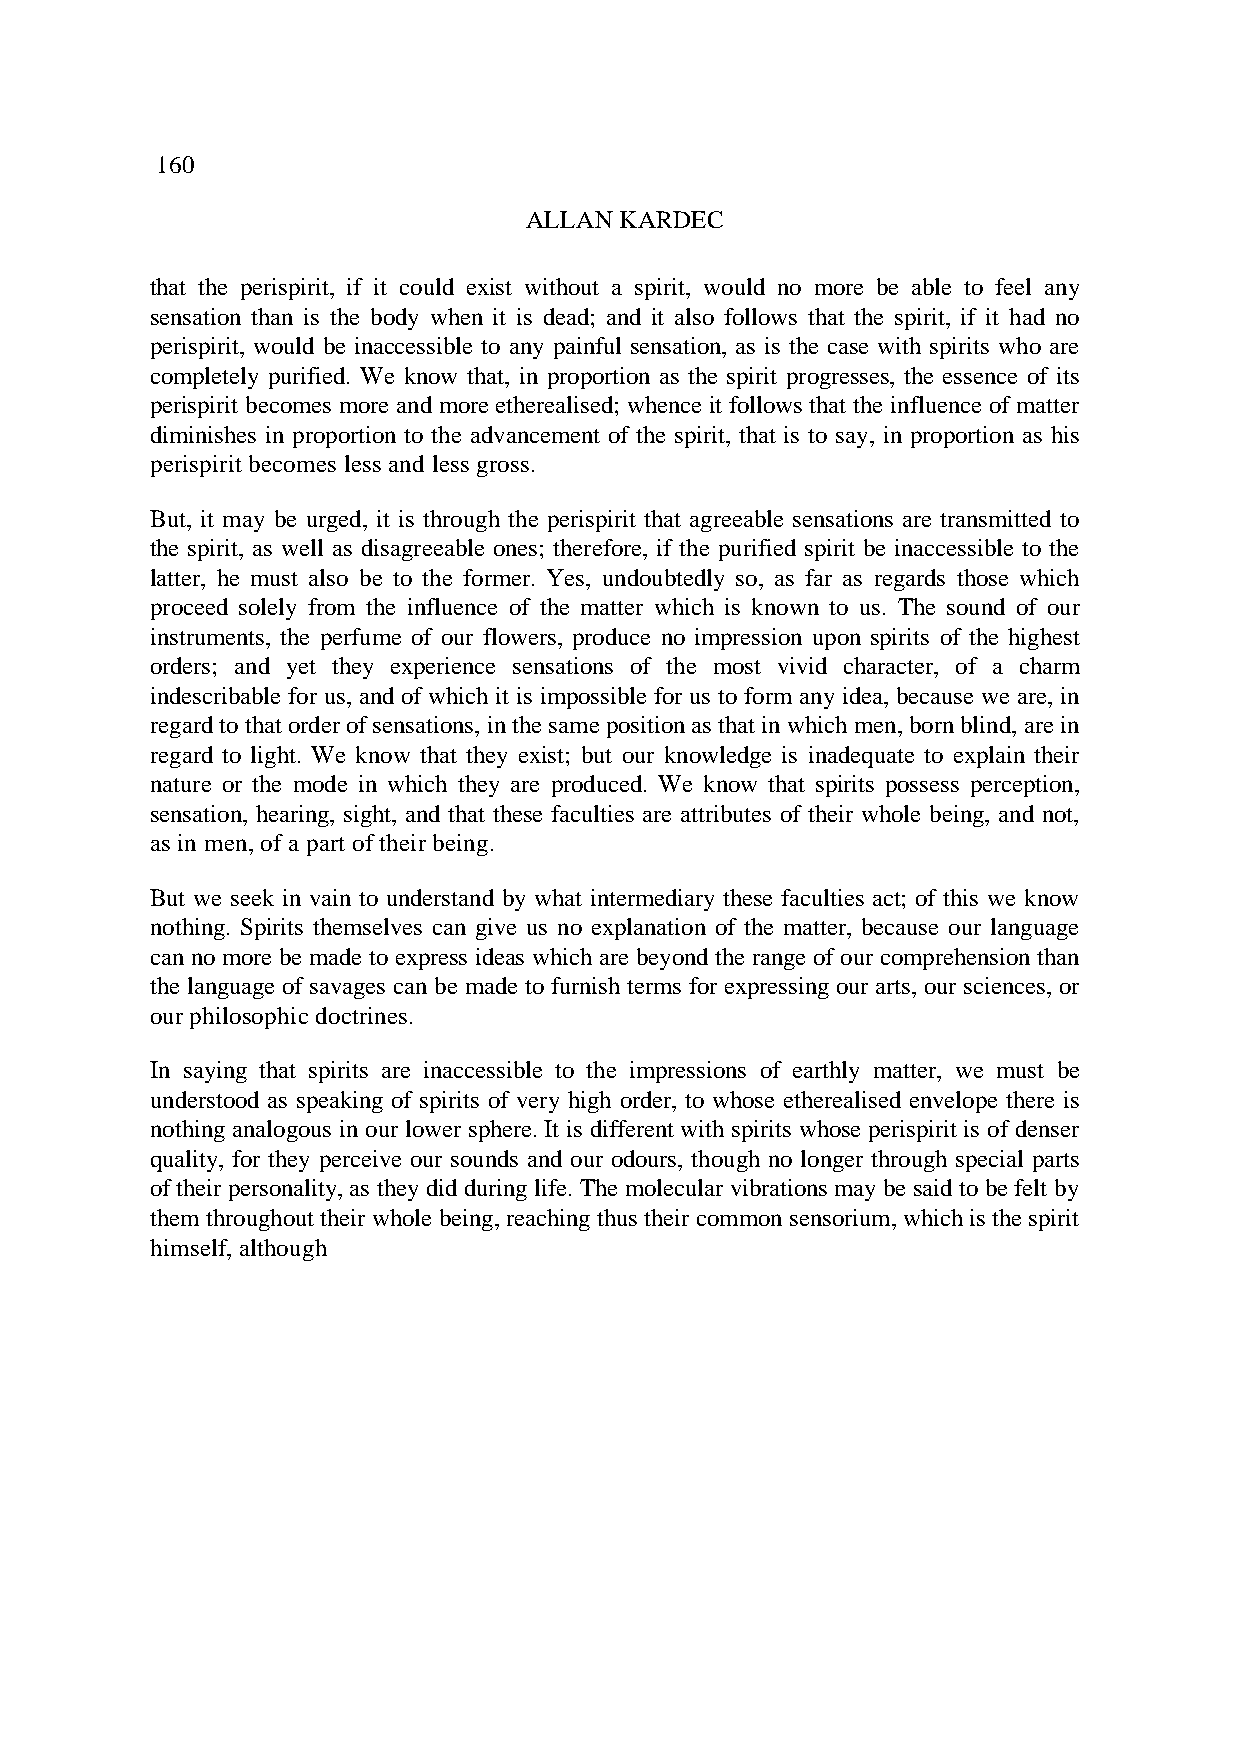
160
 ALLAN KARDEC
 that the perispirit, if it could exist without a spirit, would no more be able to feel any
 sensation than is the body when it is dead; and it also follows that the spirit, if it had no
 perispirit, would be inaccessible to any painful sensation, as is the case with spirits who are
 completely purified. We know that, in proportion as the spirit progresses, the essence of its
 perispirit becomes more and more etherealised; whence it follows that the influence of matter
 diminishes in proportion to the advancement of the spirit, that is to say, in proportion as his
 perispirit becomes less and less gross.
 But, it may be urged, it is through the perispirit that agreeable sensations are transmitted to
 the spirit, as well as disagreeable ones; therefore, if the purified spirit be inaccessible to the
 latter, he must also be to the former. Yes, undoubtedly so, as far as regards those which
 proceed solely from the influence of the matter which is known to us. The sound of our
 instruments, the perfume of our flowers, produce no impression upon spirits of the highest
 orders; and yet they experience sensations of the most vivid character, of a charm
 indescribable for us, and of which it is impossible for us to form any idea, because we are, in
 regard to that order of sensations, in the same position as that in which men, born blind, are in
 regard to light. We know that they exist; but our knowledge is inadequate to explain their
 nature or the mode in which they are produced. We know that spirits possess perception,
 sensation, hearing, sight, and that these faculties are attributes of their whole being, and not,
 as in men, of a part of their being.
 But we seek in vain to understand by what intermediary these faculties act; of this we know
 nothing. Spirits themselves can give us no explanation of the matter, because our language
 can no more be made to express ideas which are beyond the range of our comprehension than
 the language of savages can be made to furnish terms for expressing our arts, our sciences, or
 our philosophic doctrines.
 In saying that spirits are inaccessible to the impressions of earthly matter, we must be
 understood as speaking of spirits of very high order, to whose etherealised envelope there is
 nothing analogous in our lower sphere. It is different with spirits whose perispirit is of denser
 quality, for they perceive our sounds and our odours, though no longer through special parts
 of their personality, as they did during life. The molecular vibrations may be said to be felt by
 them throughout their whole being, reaching thus their common sensorium, which is the spirit
 himself, although